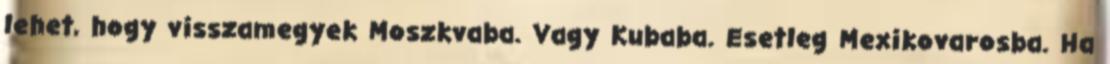
lehet, hogy visszamegyek Moszkvaba. Vagy Kubaba. Esetleg Mexikovarosba. Ha